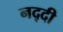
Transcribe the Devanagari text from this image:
नद्दी